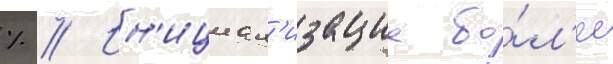
% // Ин'ициал'изациа бо́л'ее